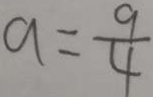
a = \frac { 9 } { 4 }